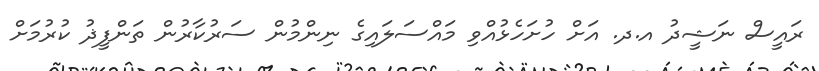
ރައީސް ނަޝީދު އ.ދ. އަށް ހުށަހެޅުއްވި މައްސަލައިގެ ނިންމުން ސަރުކާރުން ތަންފީޛު ކުރުމަށް